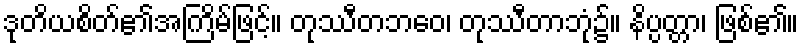
ဒုတိယစိတ်၏အကြိမ်ဖြင့်။ တုဿီတဘဝေ၊ တုဿီတာဘုံ၌။ နိပ္ပတ္တာ၊ ဖြစ်၏။